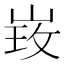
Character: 𱛲